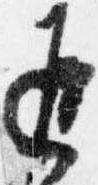
返